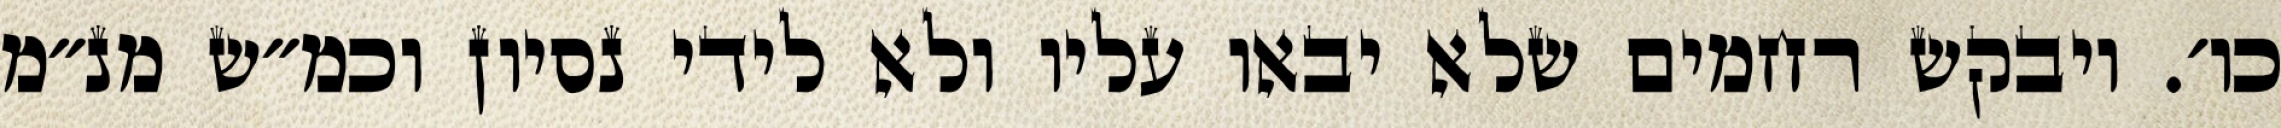
כו׳. ויבקש רחמים שלא יבאו עליו ולא לידי נסיון וכמ״ש מנ״מ